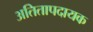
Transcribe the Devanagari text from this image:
अतितापदायक